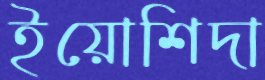
ইয়োশিদা